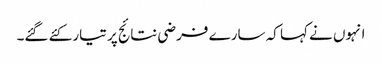
انہوں نے کہا کہ سارے فرضی نتائج پر تیار کئے گئے۔